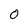
Character: 0